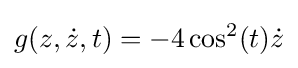
g(z,{\dot {z}},t)=-4\cos ^{2}(t){\dot {z}}